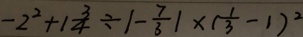
- 2 ^ { 2 } + 1 \frac { 3 } { 4 } \div \vert - \frac { 7 } { 3 } \vert \times ( \frac { 1 } { 3 } - 1 ) ^ { 2 }